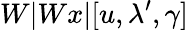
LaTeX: W|Wx|[u,\lambda^{\prime},\gamma]